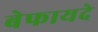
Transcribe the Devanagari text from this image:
बेफायदे